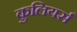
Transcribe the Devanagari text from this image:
कुलियर्स